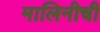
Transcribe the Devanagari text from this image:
मालिनीची